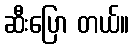
ဆီးပြော တယ်။